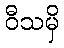
ဝီသမှိ